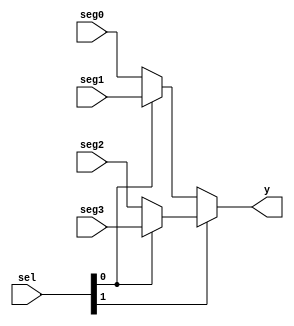
`default_nettype none
// `timescale 1ns/1ns

module mux#(
    parameter DATA = 4
)(
    input wire [DATA-1:0] seg0, seg1, seg2, seg3,
    input wire [1:0] sel,
    output wire [DATA-1:0] y
);

    assign y = (sel[1] ? (sel[0] ? seg3 : seg2) : (sel[0] ? seg1 : seg0));

endmodule